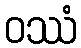
ဝဿံ